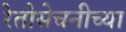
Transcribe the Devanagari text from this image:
रेतोसेचनीच्या